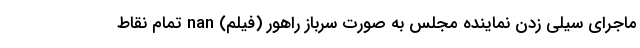
ماجرای سیلی زدن نماینده مجلس به صورت سرباز راهور (فیلم) nan تمام نقاط